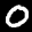
Label: 0